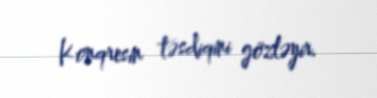
Konqresin təsdiqini gözləyir.